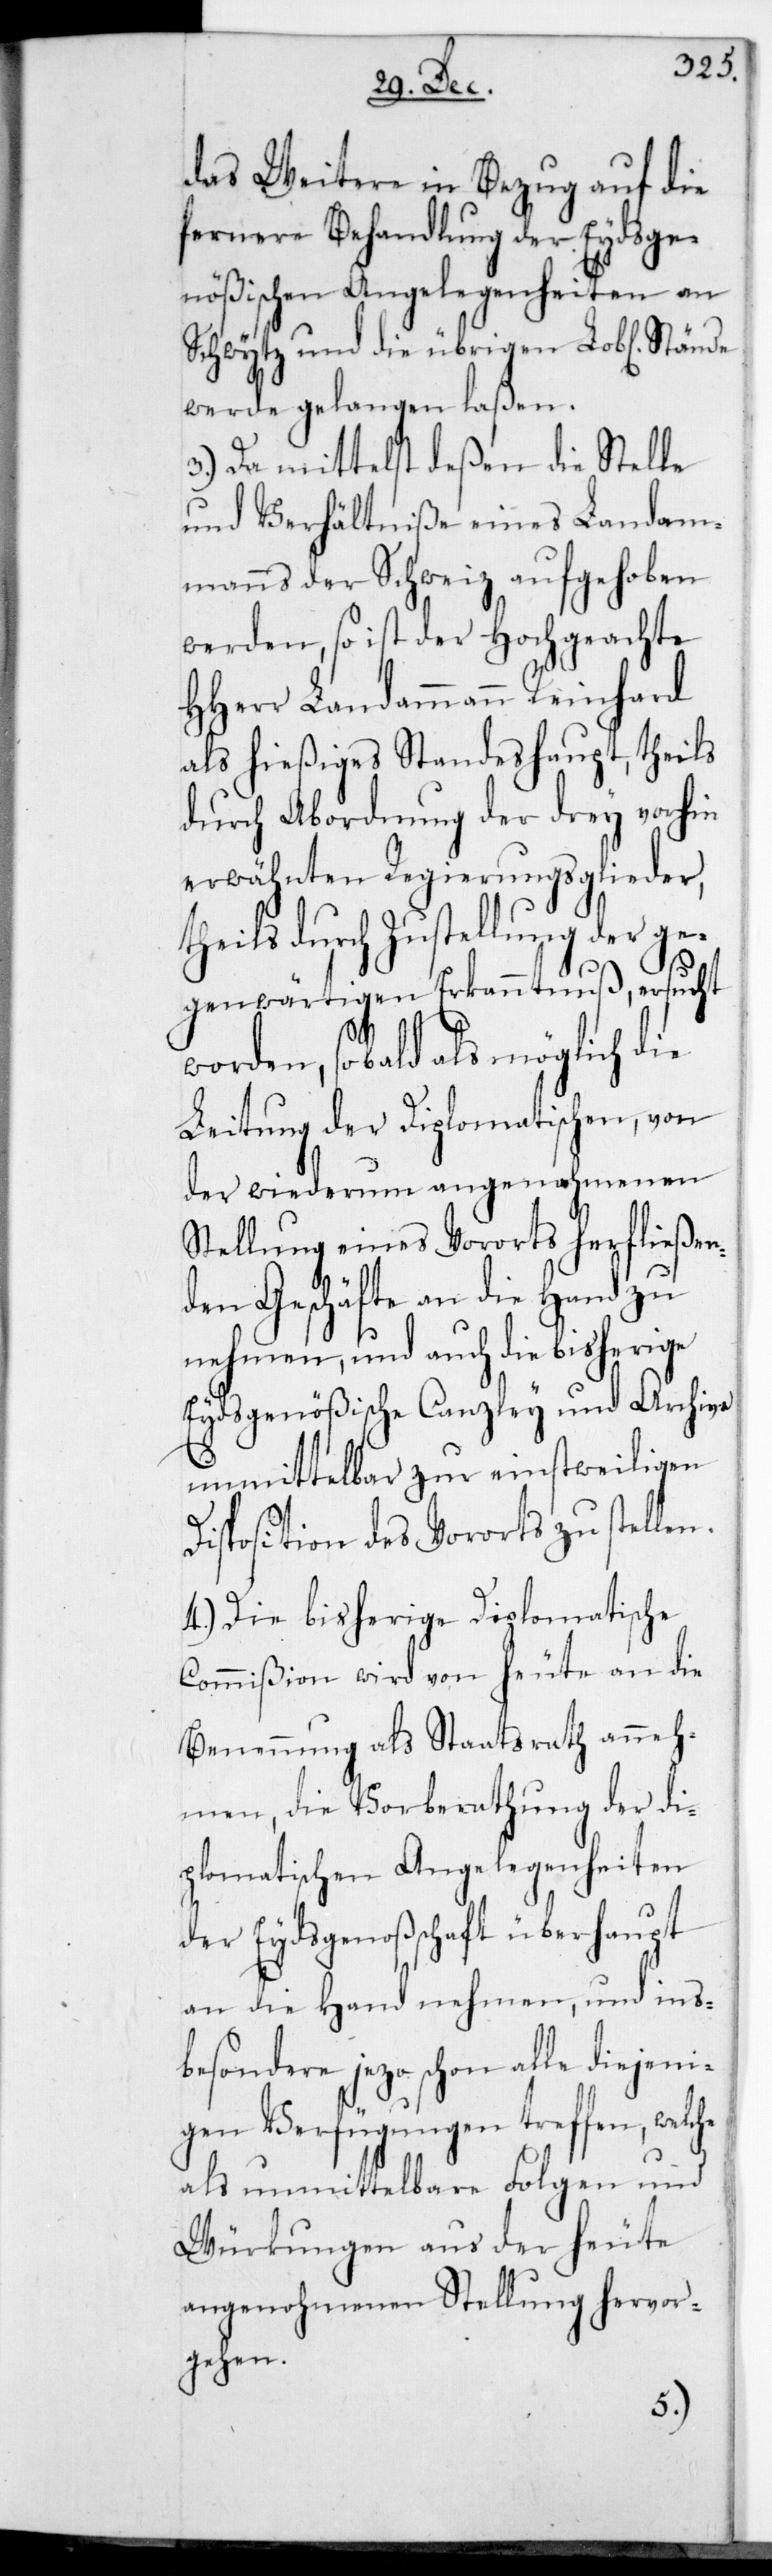
das Weitere in Bezug auf die
fernere Behandlung der Eydsge¬
nößischen Angelegenheiten an
Schwytz und die übrigen L. Stände
werde gelangen laßen.
3.) Da mittelst deßen die Stelle
und Verhältniße eines Landam¬
manns der Schweiz aufgehoben
werden, so ist der Hochgeachte
HHerr Landammann Reinhard
als hießiges Standeshaupt, theils
durch Abordnung der drey vorhin
erwähnten Regierungsglieder,
heils durch Zustellung der ge¬
genwärtigen Erkanntnuß, ersucht
worden, sobald als möglich die
Leitung der diplomatischen, von
der wiederum angenohmenen
Stellung eines Vororts herfließen¬
den Geschäfte an die Hand zu
nehmen, und auch die bisherige
Eydsgenößische Canzley und Archive
unmittelbar zur einstweiligen
Disposition des Vororts zu stellen.
4.) Die bisherige Diplomatische
Commißion wird von heute an die
Benennung als Staatsrath anneh¬
men, die Vorberathung der Di¬
plomatischen Angelegenheiten
der Eydsgenoßenschaft überhaupt
an die Hand nehmen, und inbes¬
ondere jetzo schon alle diejen¬
igen Verfügungen treffen, welche
als unmittelbare Folgen und
Würkungen aus der heute
angenohmenen Stellung hervor¬
gehen.
t¬